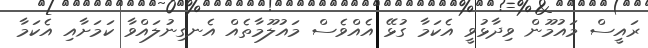
ރައީސް މައުމޫން ވިދާޅުވީ އެކަމާ ގުޅޭ އެއްވެސް މައުލޫމާތެއް އެނގިނުލައްވާ ކަމަށާއި އެކަމާ